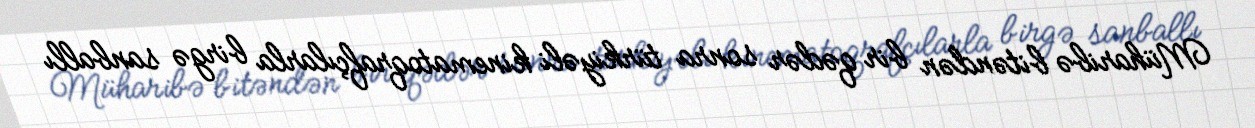
Müharibə bitəndən bir qədər sonra türkiyəli kinematoqrafçılarla birgə sanballı